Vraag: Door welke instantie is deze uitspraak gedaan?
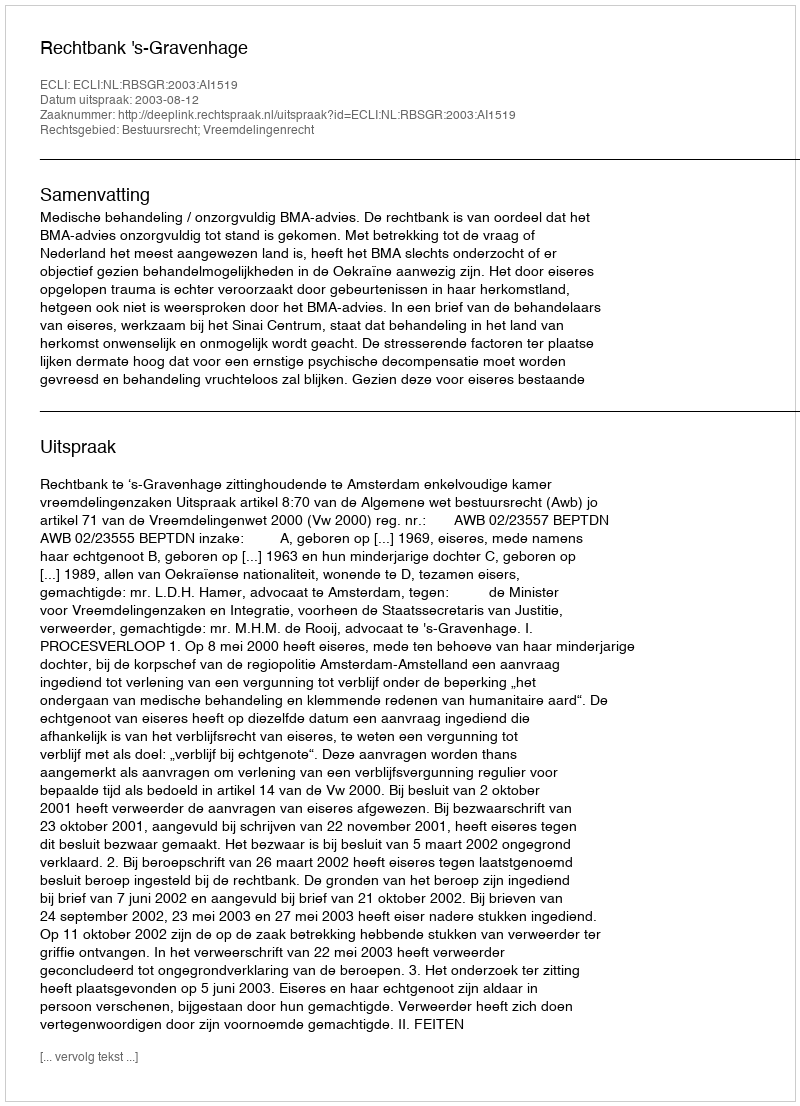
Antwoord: Rechtbank 's-Gravenhage